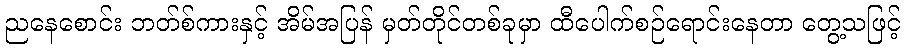
ညနေစောင်း ဘတ်စ်ကားနှင့် အိမ်အပြန် မှတ်တိုင်တစ်ခုမှာ ထီပေါက်စဉ်ရောင်းနေတာ တွေ့သဖြင့်